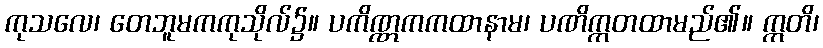
ကုသလေ၊ တေဘူမကကုသိုလ်၌။ ပကိဏ္ဏကကထာနာမ၊ ပဏိက္ကတထာမည်၏။ ဣတိ၊